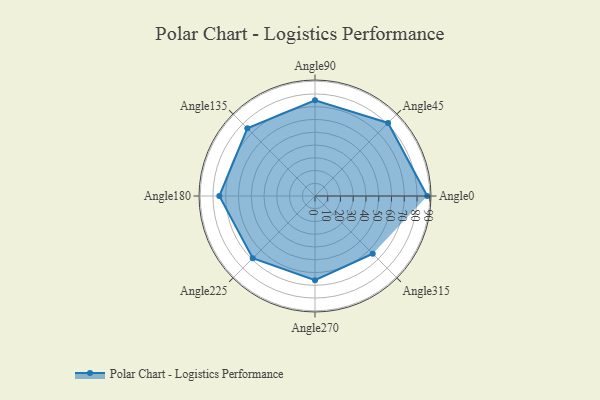
{"axis": {"x": "Angle", "y": "Radius"}, "legend": [""], "data": [{"x": "Angle0", "y": 88.0, "type": ""}, {"x": "Angle45", "y": 81.0, "type": ""}, {"x": "Angle90", "y": 75.0, "type": ""}, {"x": "Angle135", "y": 75.0, "type": ""}, {"x": "Angle180", "y": 75.0, "type": ""}, {"x": "Angle225", "y": 69.0, "type": ""}, {"x": "Angle270", "y": 66.0, "type": ""}, {"x": "Angle315", "y": 64.0, "type": ""}]}